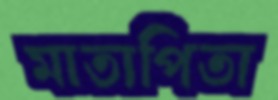
মাতাপিতা